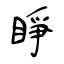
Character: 睜